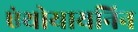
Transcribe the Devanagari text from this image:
एंथोयायनिन